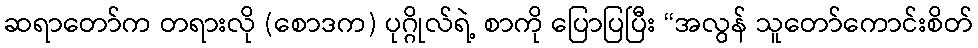
ဆရာတော်က တရားလို (စောဒက) ပုဂ္ဂိုလ်ရဲ့ စာကို ပြောပြပြီး “အလွန် သူတော်ကောင်းစိတ်